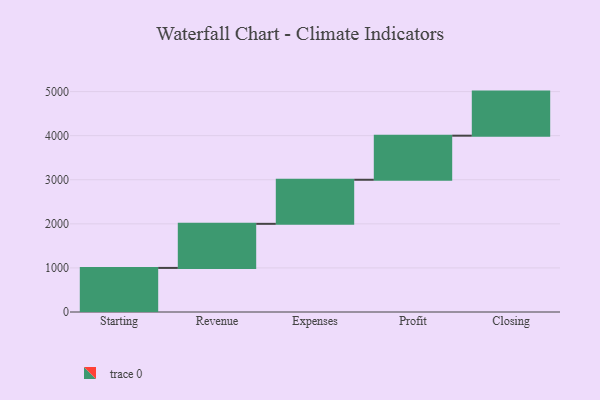
{"axis": {"x": "Step", "y": "Value"}, "legend": [""], "data": [{"x": "Starting", "y": 1000, "type": ""}, {"x": "Revenue", "y": 1000, "type": ""}, {"x": "Expenses", "y": 1000, "type": ""}, {"x": "Profit", "y": 1000, "type": ""}, {"x": "Closing", "y": 1000, "type": ""}]}